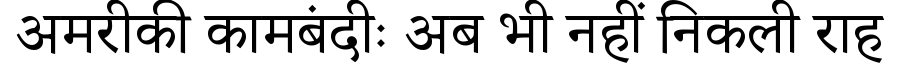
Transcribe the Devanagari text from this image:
अमरीकी कामबंदीः अब भी नहीं निकली राह